Indian journal of veterinary science and animal husbandry - Volume 7,
Year: 1937
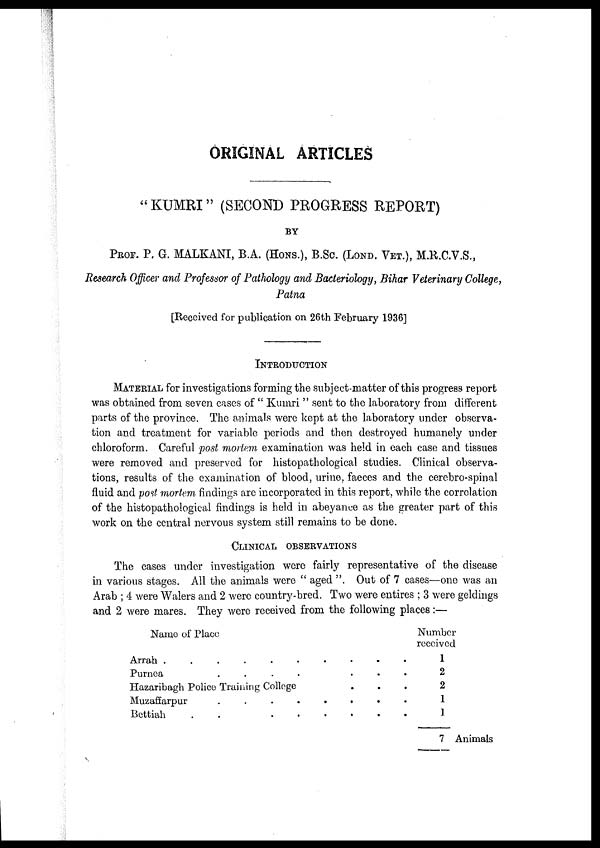
ORIGINAL ARTICLES
"KUMRI" (SECOND PROGRESS REPORT)
BY
PROF. P. G. MALKANI, B.A. (HONS.), B.SC. (LOND. VET.), M.R.C.V.S.,
Research Officer and Professor of Pathology and Bacteriology, Bihar Veterinary College,
Patna
[Received for publication on 26th February 1936]
INTRODUCTION
MATERIAL for investigations forming the subject-matter of this progress report
was obtained from seven cases of " Kumri " sent to the laboratory from different
parts of the province. The animals were kept at the laboratory under observa-
tion and treatment for variable periods and then destroyed humanely under
chloroform. Careful post mortem examination was held in each case and tissues
were removed and preserved for histopathological studies. Clinical observa-
tions, results of the examination of blood, urine, faeces and the cerebro-spinal
fluid and post mortem findings are incorporated in this report, while the correlation
of the histopathological findings is held in abeyance as the greater part of this
work on the central nervous system still remains to be done.
CLINICAL OBSERVATIONS
The cases under investigation were fairly representative of the disease
in various stages. All the animals were " aged ". Out of 7 cases—one was an
Arab ; 4 were Walers and 2 were country-bred. Two were entires ; 3 were geldings
and 2 were mares. They were received from the following places:—
Name of Place
Arrah
.......
Purnea
....
Hazaribagh Police Training College...
Muzaffarpur
.....
Bettiah
.....
Number
received
1
2
2
1
1
7 Animals